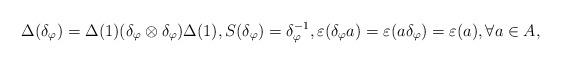
LaTeX: \begin{align*}\Delta(\delta_{\varphi}) = \Delta(1)(\delta_{\varphi}\otimes \delta_{\varphi})\Delta(1),S(\delta_{\varphi}) = \delta_{\varphi}^{-1},\varepsilon(\delta_{\varphi} a) = \varepsilon(a\delta_{\varphi}) = \varepsilon(a),\forall a\in A,\end{align*}